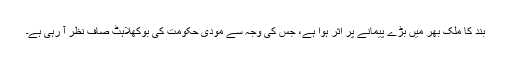
بند کا ملک بھر میں بڑے پیمانے پر اثر ہوا ہے، جس کی وجہ سے مودی حکومت کی بوکھلاہٹ صاف نظر آ رہی ہے۔